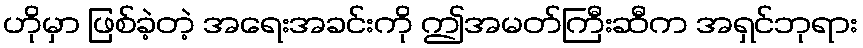
ဟိုမှာ ဖြစ်ခဲ့တဲ့ အရေးအခင်းကို ဤအမတ်ကြီးဆီက အရှင်ဘုရား